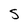
Character: S